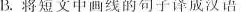
B.将短文中画线的句子译成汉语